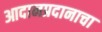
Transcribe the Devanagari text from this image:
आदानप्रदानाचा